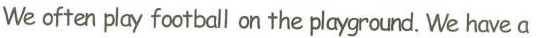
We often play football on the playground We have a